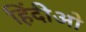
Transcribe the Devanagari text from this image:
हिंदीओ